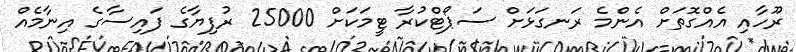
ރޫހާއި އެއްގޮތަށް އެންމެ ރަނގަޅަށް ސަޕޯޓްކުރާ ޓީމަކަށް 25000 ރުފިޔާގެ ފައިސާގެ އިނާމެއް